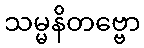
သမ္မနိတဗ္ဗော